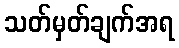
သတ်မှတ်ချက်အရ